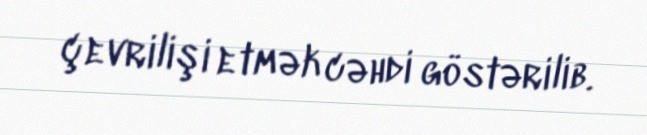
çevrilişi etmək cəhdi göstərilib.